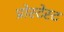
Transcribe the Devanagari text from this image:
प्रोस्टेस्ट